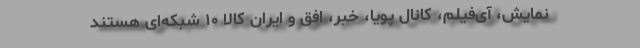
نمایش، آی‌فیلم، کانال پویا، خبر، افق و ایران کالا ۱۰ شبکه‌ای هستند